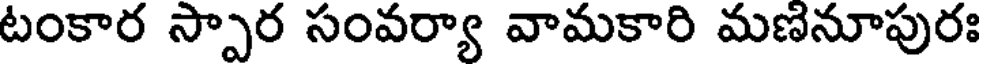
టంకార స్పార సంవర్యా వామకారి మణనూపురః